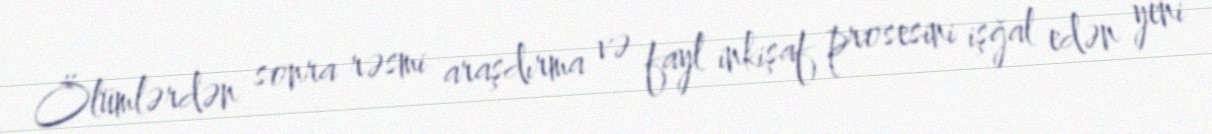
Ölümlərdən sonra rəsmi araşdırma və fayl inkişaf prosesini işğal edən yeni